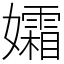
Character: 孀